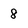
Character: 8